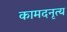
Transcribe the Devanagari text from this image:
कामदनृत्य